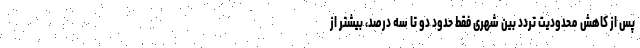
پس از کاهش محدودیت‌ تردد بین شهری فقط حدود دو تا سه درصد، بیشتر از